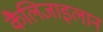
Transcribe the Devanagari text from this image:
कैलिजाइलान